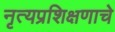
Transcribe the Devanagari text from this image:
नृत्यप्रशिक्षणाचे